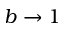
b \rightarrow 1